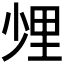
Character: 𨤢